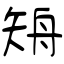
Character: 矪